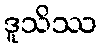
ဒူသိဿ